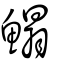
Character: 鰨